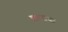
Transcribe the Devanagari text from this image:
बरबंक